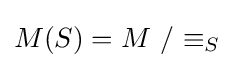
M(S)=M\ /\ {\equiv _{S}}